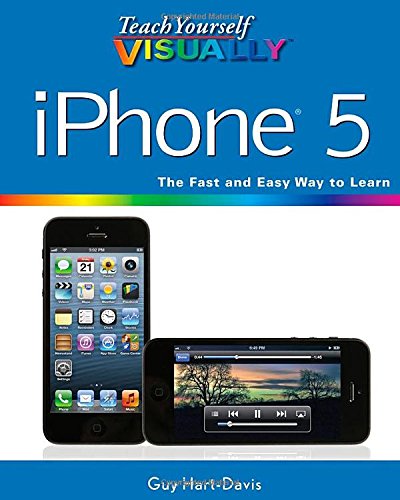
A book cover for Teach Yourself VISUALLY iPhone 5; Guy Hart-Davis; Computers & Technology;